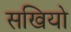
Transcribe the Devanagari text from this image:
सखियो